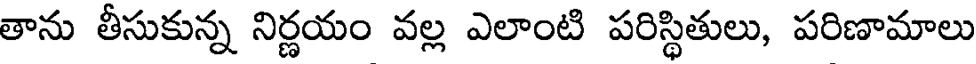
తాను తీసుకున్న నిర్ణయం వల్ల ఎలాంటి పరిస్థితులు, పరిణామాలు